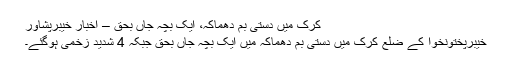
کرک میں دستی بم دھماکہ، ایک بچہ جاں بحق – اخبارِ خیبرپشاور
خیبرپختونخوا کے ضلع کرک میں دستی بم دھماکہ میں ایک بچہ جاں بحق جبکہ 4 شدید زخمی ہوگئے۔